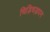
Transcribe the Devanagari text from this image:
चिड़िचड़ापन